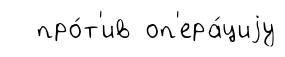
про́т'ив оп'ера́циjу